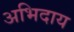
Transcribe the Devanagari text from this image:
अभिदाय